Some observations on the poison of the banded krait (Bungarus fasciatus) - Number 7
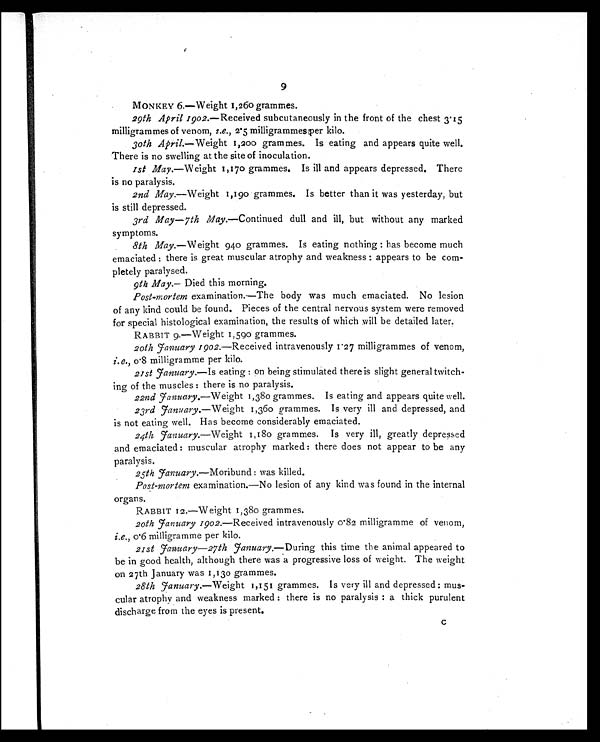
9
MONKEY 6.—Weight 1,260 grammes.
29th April 1902.—Received subcutaneously in the front of the chest 3.15
milligrammes of venom, i.e., 2.5 milligrammes per kilo.
30th April.—Weight 1,200 grammes. Is eating and appears quite well.
There is no swelling at the site of inoculation.
1st May.—Weight 1,170 grammes. Is ill and appears depressed. There
is no paralysis.
2nd May.—Weight 1,190 grammes. Is better than it was yesterday, but
is still depressed.
3rd May—7th May.—Continued dull and ill, but without any marked
symptoms.
8th May. —Weight 940 grammes. Is eating nothing: has become much
emaciated: there is great muscular atrophy and weakness: appears to be com-
pletely paralysed.
9th May.— Died this morning.
Post-mortem examination.—The body was much emaciated. No lesion
of any kind could be found. Pieces of the central nervous system were removed
for special histological examination, the results of which will be detailed later.
RABBIT 9 .—Weight 1,590 grammes.
20th January 1902.—Received intravenously 1.27 milligrammes of venom,
i.e., 0.8 milligramme per kilo.
21st J anuary.—Is eating: on being stimulated there is slight general twitch-
ing of the muscles: there is no paralysis.
22nd J anuary.— Weight 1,380 grammes. Is eating and appears quite well.
23rd January.— Weight 1,360 grammes. Is very ill and depressed, and
is not eating well. Has become considerably emaciated.
24th J anuary.—Weight 1,180 grammes. Is very ill, greatly depressed
and emaciated: muscular atrophy marked: there does not appear to be any
paralysis.
25th January.—Moribund: was killed.
Post-mortem examination.—No lesion of any kind was found in the internal
organs.
RABBIT 12.—Weight 1,380 grammes.
20th J anuary 1902.—Received intravenously 0.82 milligramme of venom,
i.e., 0.6 milligramme per kilo.
21st January—27th J anuary.— During this time the animal appeared to
be in good health, although there was a progressive loss of weight. The weight
on 27th January was 1,130 grammes.
28th J anuary.—Weight 1,151 grammes. Is very ill and depressed: mus-
cular atrophy and weakness marked: there is no paralysis: a thick purulent
discharge from the eyes is present.
C